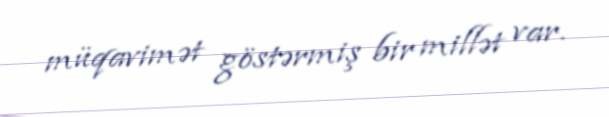
müqavimət göstərmiş bir millət var.